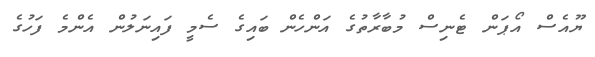
ޔޫއެސް އޯޕަން ޓެނިސް މުބާރާތުގެ އަންހެން ބައިގެ ސެމީ ފައިނަލުން އެންމެ ފަހުގެ